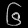
Digit: ၆